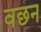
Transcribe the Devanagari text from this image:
वछन